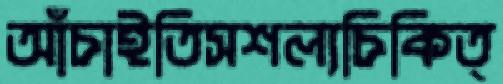
আঁচাইতিসশল্যচিকিত্